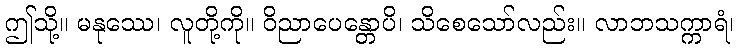
ဤသို့။ မနုဿေ၊ လူတို့ကို။ ဝိညာပေန္တောပိ၊ သိစေသော်လည်း။ လာဘသက္ကာရံ၊